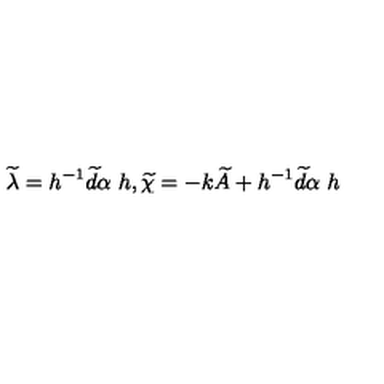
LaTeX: \widetilde { \lambda } = h ^ { - 1 } \widetilde { d } \alpha \ h , \widetilde { \chi } = - k \widetilde { A } + h ^ { - 1 } \widetilde { d } \alpha \ h